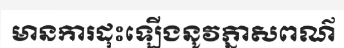
មានការដុះឡើងនូវភ្នាសពណ៌